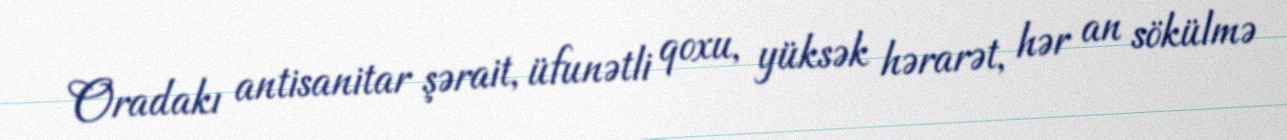
Oradakı antisanitar şərait, üfunətli qoxu, yüksək hərarət, hər an sökülmə